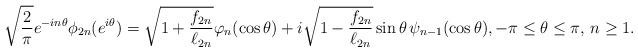
LaTeX: \begin{align*}\sqrt{\frac{2}{\pi}}e^{-in\theta}\phi_{2n}(e^{i\theta})=\sqrt{1+\frac{f_{2n}}{\ell_{2n}}}\varphi_n(\cos\theta)+i\sqrt{1-\frac{f_{2n}}{\ell_{2n}}}\sin\theta\,\psi_{n-1}(\cos\theta),-\pi\le \theta\le \pi,\,n\ge 1.\end{align*}